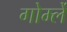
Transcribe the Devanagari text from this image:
गोर्म्ले